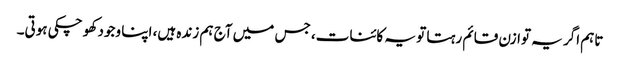
تاہم اگر یہ توازن قائم رہتا تو یہ کائنات، جس میں آج ہم زندہ ہیں، اپنا وجود کھو چکی ہوتی۔